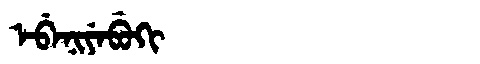
Manchu: ᡝᠪᡝᠨᡳᠶᡝᠪᡠᡴᡳ
Romanization: EBENIYEBUKI